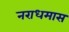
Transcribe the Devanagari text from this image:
नराधमास